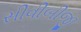
સીવીબીજી